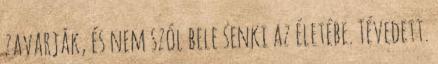
zavarják, és nem szól bele senki az életébe. Tévedett.